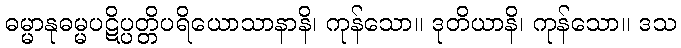
ဓမ္မာနုဓမ္မပဋိပ္ပတ္တိပရိယောသာနာနိ၊ ကုန်သော။ ဒုတိယာနိ၊ ကုန်သော။ ဒသ